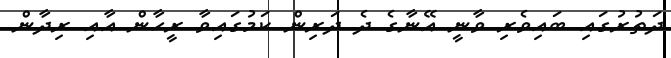
ދަތުރުގައި ބައިވެރި ވާނީ އޭނާގެ ދެ ދަރިން ކަމުގައިވާ ރީހާން އާއި ރިދާން